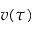
v ( \tau )